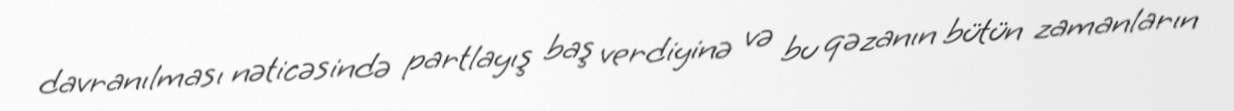
davranılması nəticəsində partlayış baş verdiyinə və bu qəzanın bütün zamanların